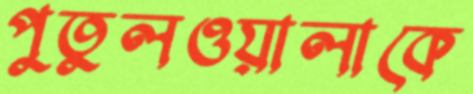
পুতুলওয়ালাকে